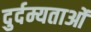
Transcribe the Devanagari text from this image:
दुर्दम्यताओं